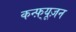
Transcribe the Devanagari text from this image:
कन्फ़्यूज़न